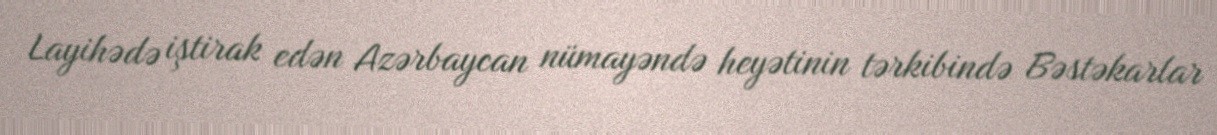
Layihədə iştirak edən Azərbaycan nümayəndə heyətinin tərkibində Bəstəkarlar